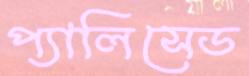
প্যালিসেড